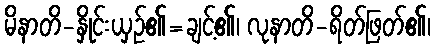
မိနာတိ-နှိုင်းယှဉ်၏=ချင့်၏၊ လုနာတိ-ရိတ်ဖြတ်၏၊